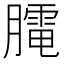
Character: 𦡏